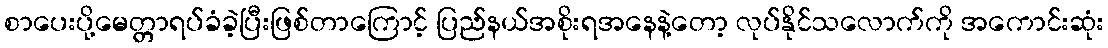
စာပေးပို့မေတ္တာရပ်ခံခဲ့ပြီးဖြစ်တာကြောင့် ပြည်နယ်အစိုးရအနေနဲ့တော့ လုပ်နိုင်သလောက်ကို အကောင်းဆုံး